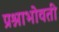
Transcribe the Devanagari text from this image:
प्रश्नाभोवती